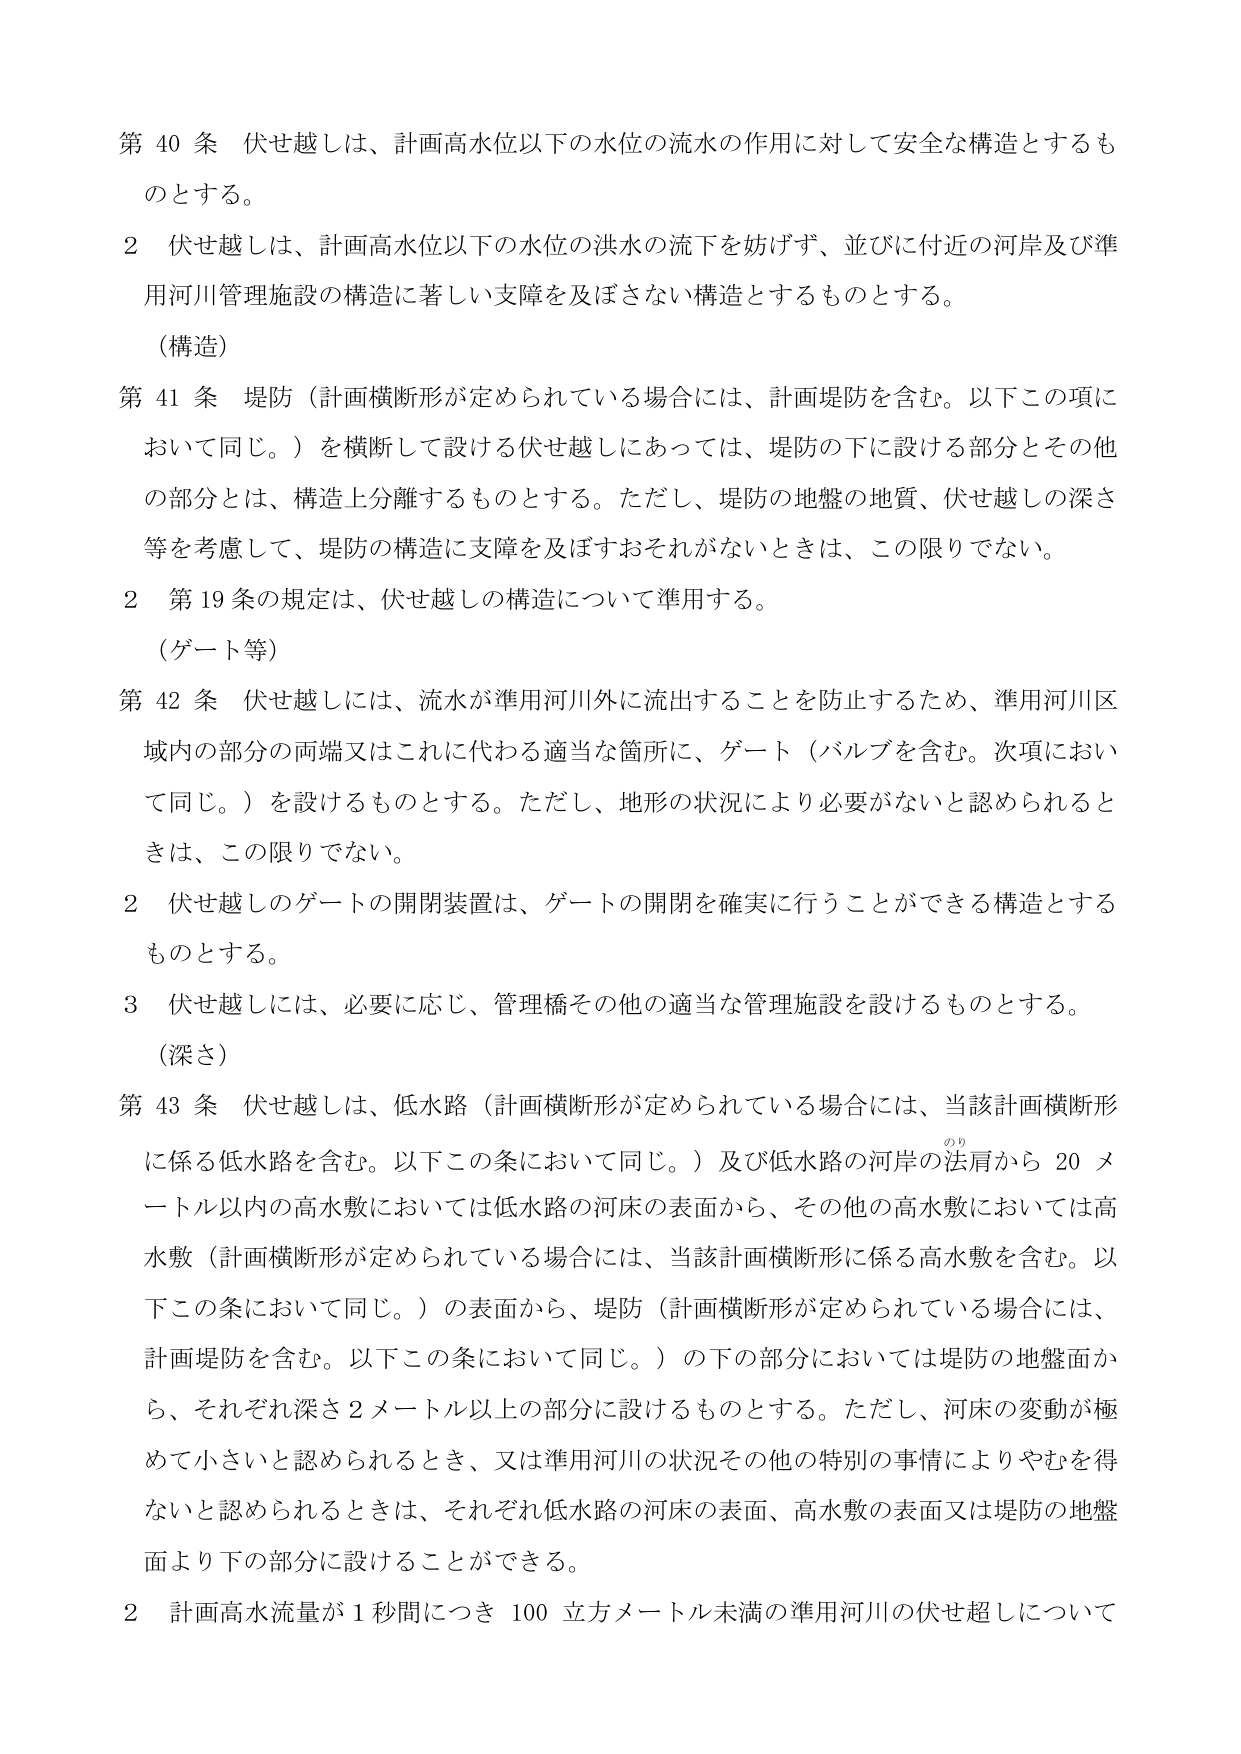
第40条 伏せ越しは、計画高水位以下の水位の流水の作用に対して安全な構造とするものとする。

2 伏せ越しは、計画高水位以下の水位の洪水の流下を妨げず、並びに付近の河岸及び準用河川管理施設の構造に著しい支障を及ぼさない構造とするものとする。

（構造）

第41条 堤防（計画横断形が定められている場合には、計画堤防を含む。以下この項において同じ。）を横断して設ける伏せ越しにあっては、堤防の下に設ける部分とその他の部分とは、構造上分離するものとする。ただし、堤防の地盤の地質、伏せ越しの深さ等を考慮して、堤防の構造に支障を及ぼすおそれがないときは、この限りでない。

2 第19条の規定は、伏せ越しの構造について準用する。

（ゲート等）

第42条 伏せ越しには、流水が準用河川外に流出することを防止するため、準用河川区域内の部分の両端又はこれに代わる適当な箇所に、ゲート（バルブを含む。次項において同じ。）を設けるものとする。ただし、地形の状況により必要がないと認められるときは、この限りでない。

2 伏せ越しのゲートの開閉装置は、ゲートの開閉を確実に行うことができる構造とするものとする。

3 伏せ越しには、必要に応じ、管理橋その他の適当な管理施設を設けるものとする。

（深さ）

第43条 伏せ越しは、低水路（計画横断形が定められている場合には、当該計画横断形に係る低水路を含む。以下この条において同じ。）及び低水路の河岸の法肩から20メートル以内の高水敷においては低水路の河床の表面から、その他の高水敷においては高水敷（計画横断形が定められている場合には、当該計画横断形に係る高水敷を含む。以下この条において同じ。）の表面から、堤防（計画横断形が定められている場合には、計画堤防を含む。以下この条において同じ。）の下の部分においては堤防の地盤面から、それぞれ深さ2メートル以上の部分に設けるものとする。ただし、河床の変動が極めて小さいと認められるとき、又は準用河川の状況その他の特別の事情によりやむを得ないと認められるときは、それぞれ低水路の河床の表面、高水敷の表面又は堤防の地盤面より下の部分に設けることができる。

2 計画高水流量が1秒間につき100立方メートル未満の準用河川の伏せ越しについて